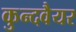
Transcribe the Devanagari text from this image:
कुन्दवैयर